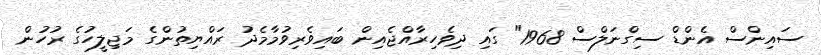
ސައިންސް އެންޑް ސިގްނަލްސް 1968" ގައި ދިވެހިރާއްޖެއިން ބައިވެރިވުމާމެދު ރައްޔިތުންގެ މަޖިލީހުގެ ރުހުން